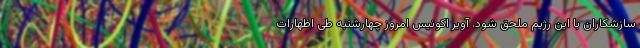
سازشکاران با این رژیم ملحق شود. آویر اکونیس امروز چهارشنبه طی اظهارات